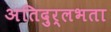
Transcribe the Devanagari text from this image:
अतिदुर्लभता